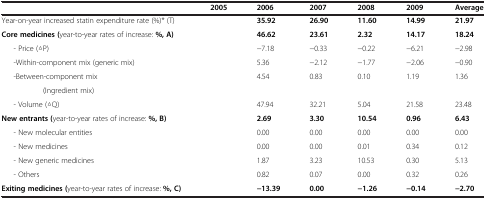
<table><thead><tr><td><b> </b></td><td><b>2005</b></td><td><b>2006</b></td><td><b>2007</b></td><td><b>2008</b></td><td><b>2009</b></td><td><b>Average</b></td></tr></thead><tbody><tr><td>Year-on-year increased statin expenditure rate (%)* (T)</td><td> </td><td><b>35.92</b></td><td><b>26.90</b></td><td><b>11.60</b></td><td><b>14.99</b></td><td><b>21.97</b></td></tr><tr><td><b>Core medicines (</b>year-to-year rates of increase: <b>%, A)</b></td><td> </td><td><b>46.62</b></td><td><b>23.61</b></td><td><b>2.32</b></td><td><b>14.17</b></td><td><b>18.24</b></td></tr><tr><td>- Price (△P)</td><td> </td><td>−7.18</td><td>−0.33</td><td>−0.22</td><td>−6.21</td><td>−2.98</td></tr><tr><td>-Within-component mix (generic mix)</td><td> </td><td>5.36</td><td>−2.12</td><td>−1.77</td><td>−2.06</td><td>−0.90</td></tr><tr><td>-Between-component mix</td><td rowspan="2"> </td><td rowspan="2">4.54</td><td rowspan="2">0.83</td><td rowspan="2">0.10</td><td rowspan="2">1.19</td><td rowspan="2">1.36</td></tr><tr><td>(Ingredient mix)</td></tr><tr><td>- Volume (△Q)</td><td> </td><td>47.94</td><td>32.21</td><td>5.04</td><td>21.58</td><td>23.48</td></tr><tr><td><b>New entrants (</b>year-to-year rates of increase: <b>%, B)</b></td><td> </td><td><b>2.69</b></td><td><b>3.30</b></td><td><b>10.54</b></td><td><b>0.96</b></td><td><b>6.43</b></td></tr><tr><td>- New molecular entities</td><td> </td><td>0.00</td><td>0.00</td><td>0.00</td><td>0.00</td><td>0.00</td></tr><tr><td>- New medicines</td><td> </td><td>0.00</td><td>0.00</td><td>0.01</td><td>0.34</td><td>0.12</td></tr><tr><td>- New generic medicines</td><td> </td><td>1.87</td><td>3.23</td><td>10.53</td><td>0.30</td><td>5.13</td></tr><tr><td>- Others</td><td> </td><td>0.82</td><td>0.07</td><td>0.00</td><td>0.32</td><td>0.26</td></tr><tr><td><b>Exiting medicines (</b>year-to-year rates of increase: <b>%, C)</b></td><td> </td><td><b>−13.39</b></td><td><b>0.00</b></td><td><b>−1.26</b></td><td><b>−0.14</b></td><td><b>−2.70</b></td></tr></tbody></table>